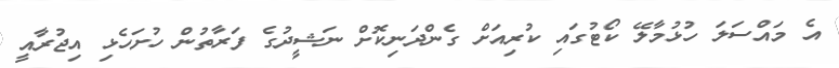
އެ މައްސަލަ ހުޅުމާލޭ ކޯޓުގައި ކުރިއަށް ގެންދަނިކޮށް ނަޝީދުގެ ފަރާތުން ހުށަހެޅި އިޖުރާއީ